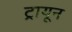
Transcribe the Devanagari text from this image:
ट्रायून